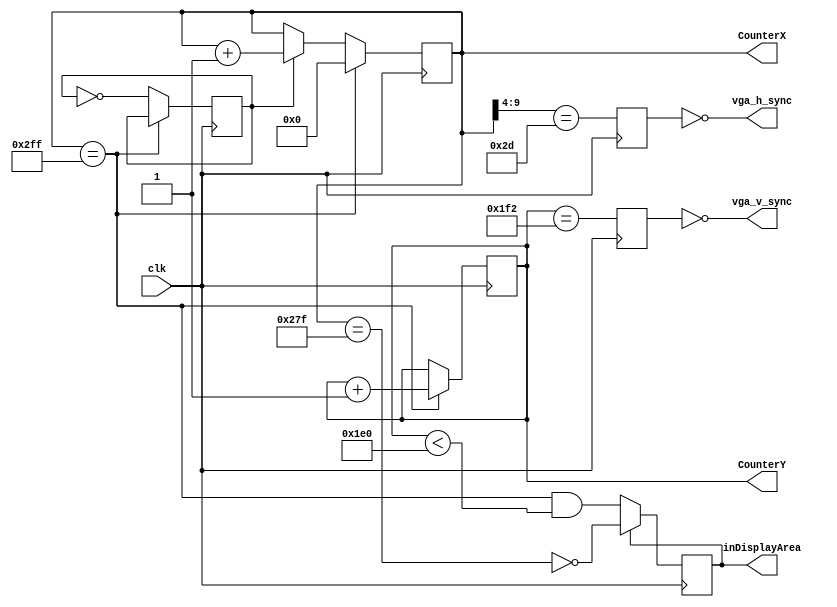
module hvsync_generator(clk, vga_h_sync, vga_v_sync, inDisplayArea, CounterX, CounterY);
input clk;
output vga_h_sync, vga_v_sync;
output inDisplayArea;
output [9:0] CounterX;
output [8:0] CounterY;

//////////////////////////////////////////////////
reg [9:0] CounterX;
reg CounterXflip;
reg [8:0] CounterY;
wire CounterXmaxed = (CounterX==767);

always @(posedge clk)
if(CounterXmaxed)
	CounterX <= 0;
else begin
	if (CounterXflip) CounterX <= CounterX + 1;
	CounterXflip <= ~CounterXflip;//goes from 0 to 1, so we only increment half the times (for 50Mhz!)
   end
	
always @(posedge clk)
if(CounterXmaxed) CounterY <= CounterY + 1;

reg vga_HS, vga_VS;
always @(posedge clk)
begin
	vga_HS <= (CounterX[9:4]==45); // change this value to move the display horizontally
	vga_VS <= (CounterY==498); // change this value to move the display vertically
end

reg inDisplayArea;
always @(posedge clk)
if(inDisplayArea==0)
	inDisplayArea <= (CounterXmaxed) && (CounterY<480);
else
	inDisplayArea <= !(CounterX==639);
	
assign vga_h_sync = ~vga_HS;
assign vga_v_sync = ~vga_VS;

endmodule